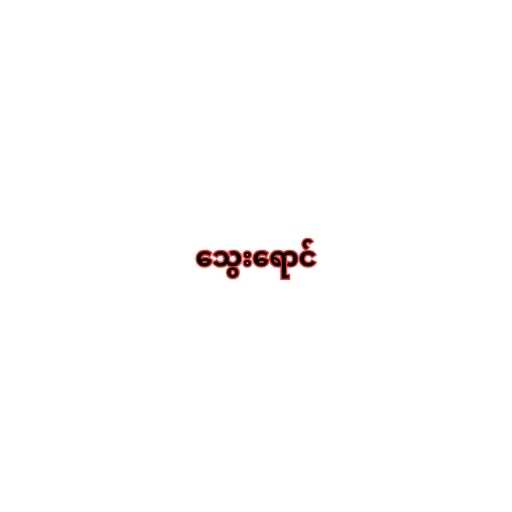
သွေးရောင်